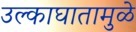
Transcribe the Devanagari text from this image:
उल्काघातामुळे